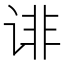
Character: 诽